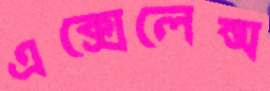
এক্সেলেন্স